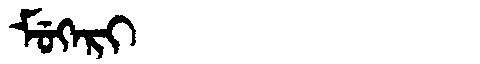
Manchu: ᠮᡠᡴᡝᡵᡳ
Romanization: MUKERI